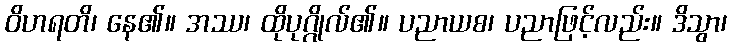
ဝိဟရတိ၊ နေ၏။ အဿ၊ ထိုပုဂ္ဂိုလ်၏။ ပညာယစ၊ ပညာဖြင့်လည်း။ ဒိသွာ၊